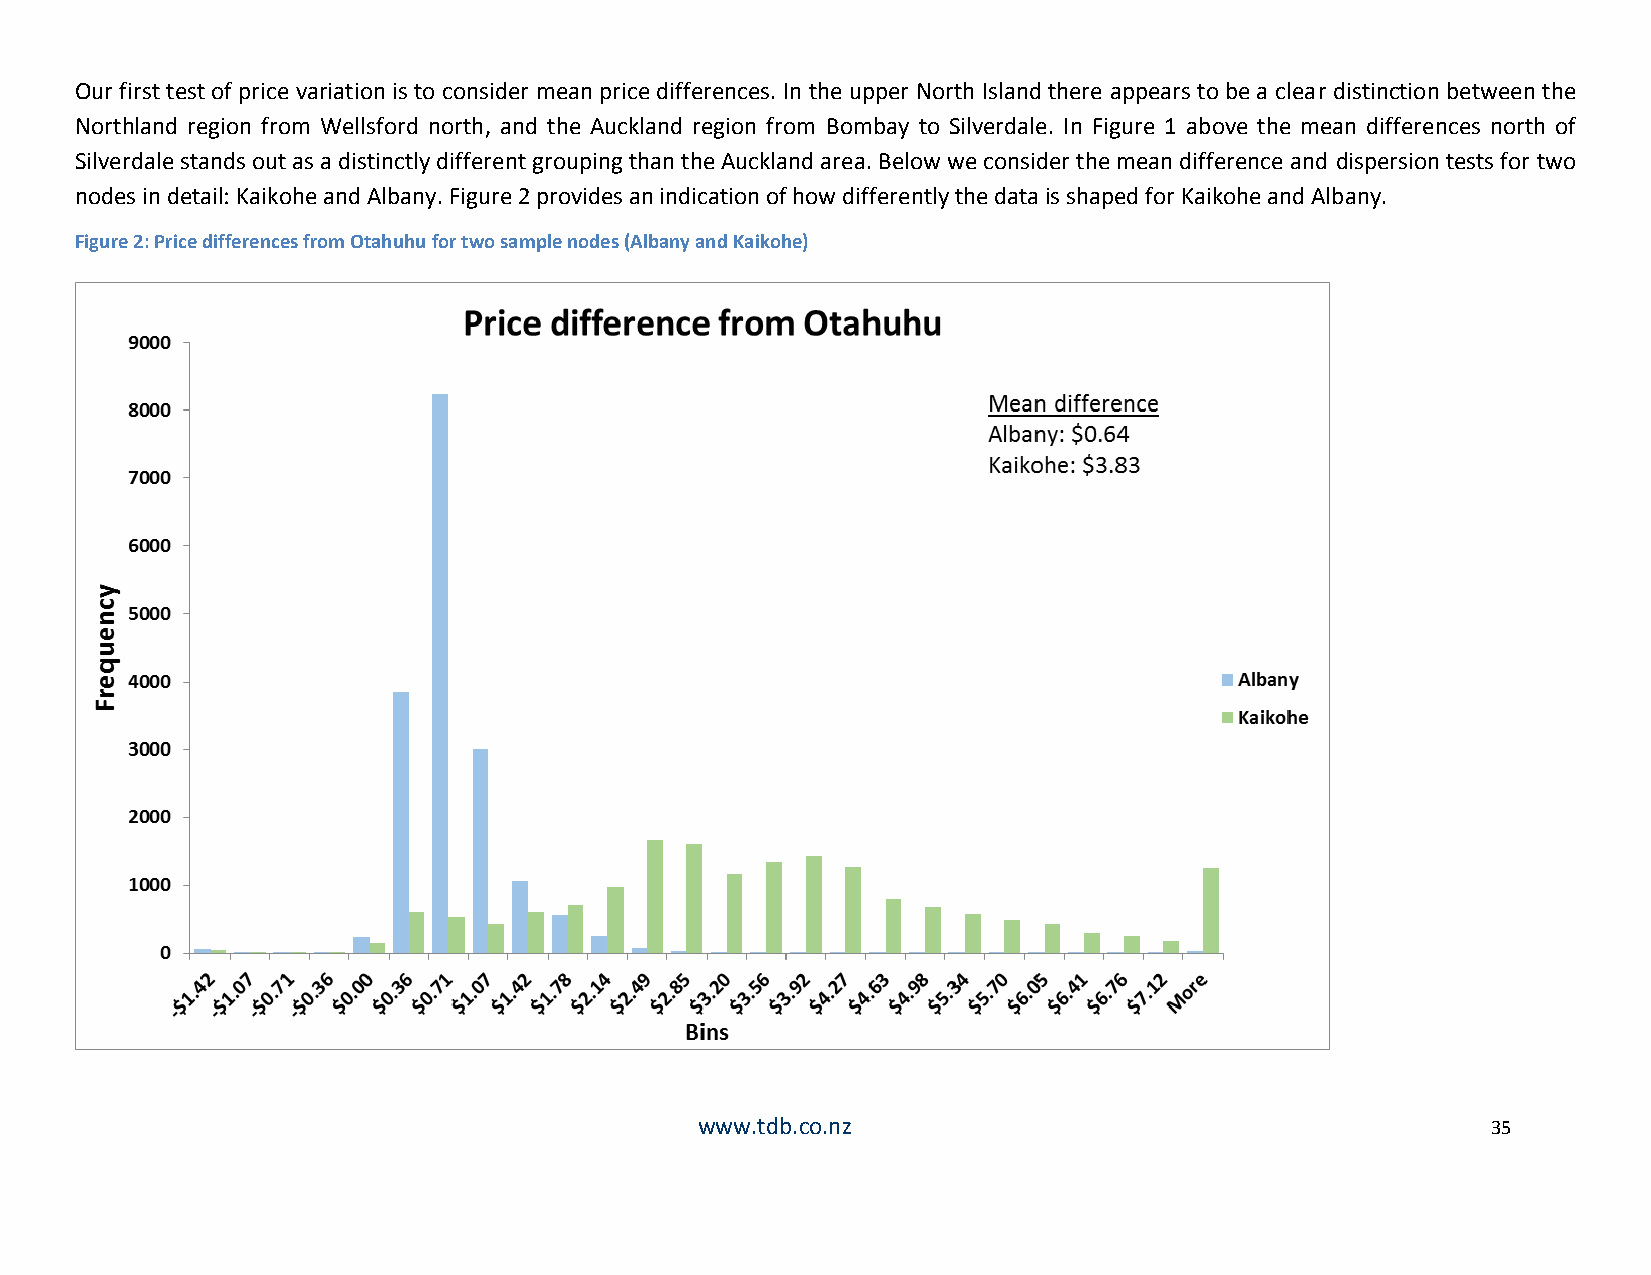
Our first test of price variation is to consider mean price differences. In the upper North Island there appears to be a clear distinction between the
 Northland region from Wellsford north, and the Auckland region from Bombay to Silverdale. In Figure 1 above the mean differences north of
 Silverdale stands out as a distinctly different grouping than the Auckland area. Below we consider the mean difference and dispersion tests for two
 nodes in detail: Kaikohe and Albany. Figure 2 provides an indication of how differently the data is shaped for Kaikohe and Albany.
 Figure 2: Price differences from Otahuhu for two sample nodes (Albany and Kaikohe)
 www.tdb.co.nz                                        35